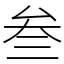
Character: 叁